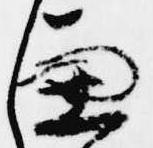
兼